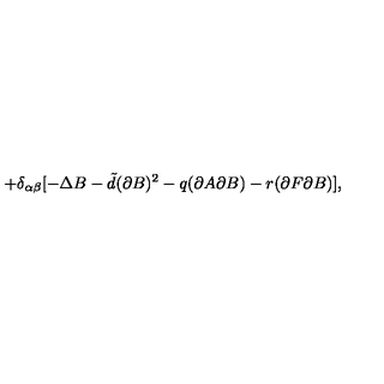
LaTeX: + \delta _ { \alpha \beta } [ - \Delta B - { \tilde { d } } ( \partial B ) ^ { 2 } - q ( \partial A \partial B ) - r ( \partial F \partial B ) ] ,